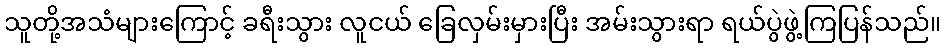
သူတို့အသံများကြောင့် ခရီးသွား လူငယ် ခြေလှမ်းမှားပြီး အမ်းသွားရာ ရယ်ပွဲဖွဲ့ကြပြန်သည်။